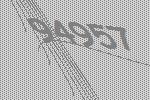
94957